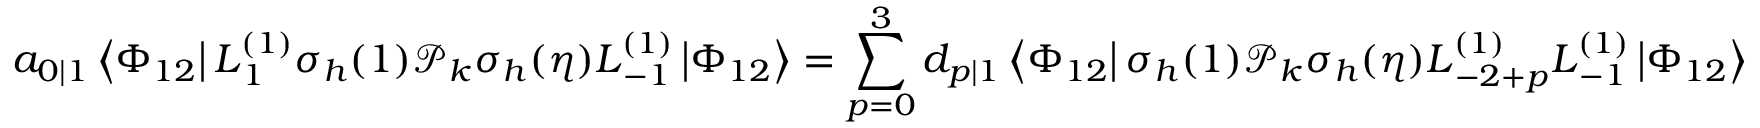
a _ { 0 | 1 } \left\langle \Phi _ { 1 2 } \right| L _ { \, 1 } ^ { ( 1 ) } \sigma _ { h } ( 1 ) \mathcal { P } _ { k } \sigma _ { h } ( \eta ) L _ { \, - 1 } ^ { ( 1 ) } \left| \Phi _ { 1 2 } \right\rangle = \sum _ { p = 0 } ^ { 3 } d _ { p | 1 } \left\langle \Phi _ { 1 2 } \right| \sigma _ { h } ( 1 ) \mathcal { P } _ { k } \sigma _ { h } ( \eta ) L _ { \, - 2 + p } ^ { ( 1 ) } L _ { \, - 1 } ^ { ( 1 ) } \left| \Phi _ { 1 2 } \right\rangle